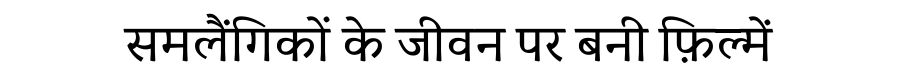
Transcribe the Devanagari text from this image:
समलैंगिकों के जीवन पर बनी फ़िल्में